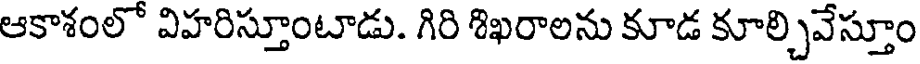
ఆకాశంలో విహరిస్తూంటాడు. గిరి శిఖరాలను కూడ కూల్చివేస్తూం